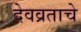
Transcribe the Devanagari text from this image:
देवव्रताचे